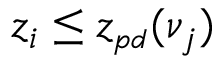
z _ { i } \le z _ { { \scriptscriptstyle p d } } ( \nu _ { j } )